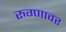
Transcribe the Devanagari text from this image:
रुग्णावर